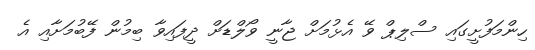
ހިންމަފުށީގައި ސްލިޕް ވޭ އެޅުމަށް ޖާނީ ވޯލްޑަށް ދީފައިވާ ބިމުން ފޭބުމަށާއި އެ